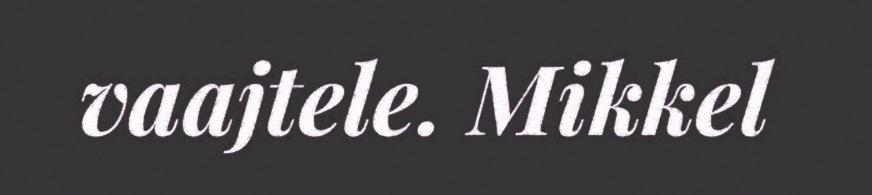
vaajtele. Mikkel